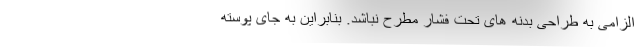
الزامی به طراحی بدنه های تحت فشار مطرح نباشد. بنابراین به جای پوسته